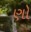
ણો